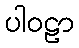
ပါဝဠာ